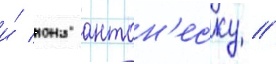
и́ иона антон'еску //